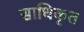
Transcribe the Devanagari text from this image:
साधिकृत